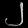
Digit: ၂